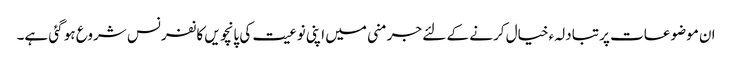
ان موضوعات پر تبادلہء خیال کرنے کے لئے جرمنی میں اپنی نوعیت کی پانچویں کانفرنس شروع ہو گئی ہے۔